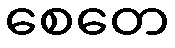
စေတေ